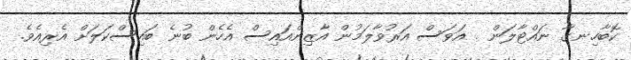
ކޮބާހިނގާ ނައްޓާލަން . އަވަސް އަރުވާލަމުން އާޒިންއައިސް އެހެން ބުނެ ބައިސްކަލަށް އެރިއެވެ.